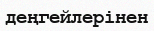
деңгейлерінен